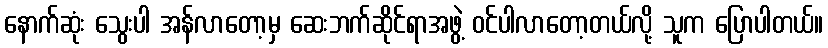
နောက်ဆုံး သွေးပါ အန်လာတော့မှ ဆေးဘက်ဆိုင်ရာအဖွဲ့ ဝင်ပါလာတော့တယ်လို့ သူက ပြောပါတယ်။